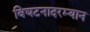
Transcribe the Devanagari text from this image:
विघटनादरम्यान